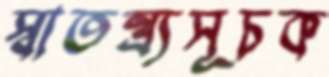
স্বাতন্ত্র্যসূচক